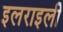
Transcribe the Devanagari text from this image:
इलराइली